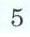
5